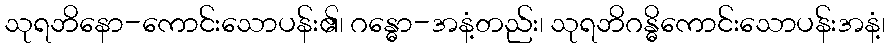
သုရဘိနော-ကောင်းသောပန်း၏၊ ဂန္ဓော-အနံ့တည်း၊ သုရဘိဂန္ဓိကောင်းသောပန်းအနံ့၊